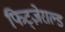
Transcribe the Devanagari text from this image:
फिट्ज़ेराल्ड